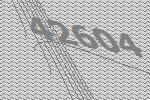
42604